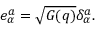
e _ { \alpha } ^ { a } = \sqrt { G ( q ) } \delta _ { \alpha } ^ { a } .